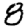
Digit: 8